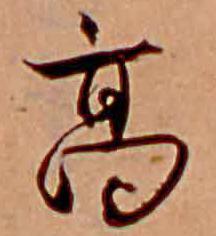
高